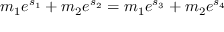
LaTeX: m _ { 1 } e ^ { s _ { 1 } } + m _ { 2 } e ^ { s _ { 2 } } = m _ { 1 } e ^ { s _ { 3 } } + m _ { 2 } e ^ { s _ { 4 } }